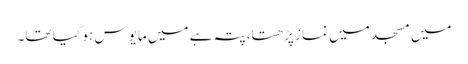
میں مسجد میں نماز پڑھتا، پتہ ہے میں مایوس ہوگیا تھا۔